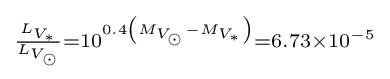
\scriptstyle {\frac {L_{V_{\ast }}}{L_{V_{\odot }}}}=10^{0.4\left(M_{V_{\odot }}-M_{V_{\ast }}\right)}=6.73\times 10^{-5}